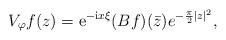
LaTeX: \begin{align*}V_\varphi f (z) = \mathrm{e}^{-\mathrm{i} x \xi} (Bf)(\bar z) e^{-\frac{\pi}{2} |z|^2},\end{align*}